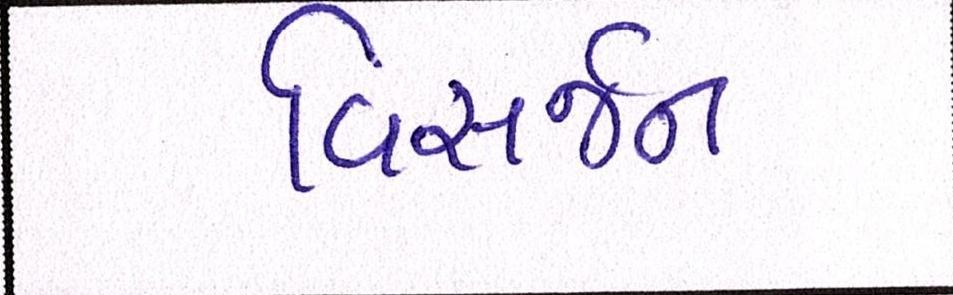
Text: વિસર્જન